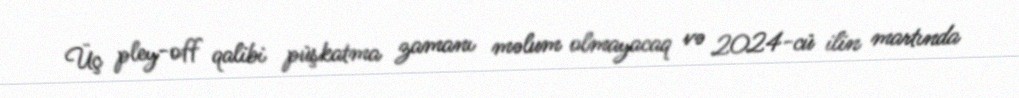
Üç pley-off qalibi püşkatma zamanı məlum olmayacaq və 2024-cü ilin martında